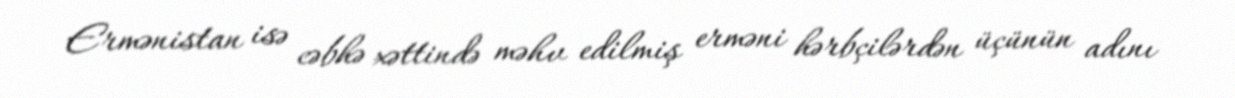
Ermənistan isə cəbhə xəttində məhv edilmiş erməni hərbçilərdən üçünün adını